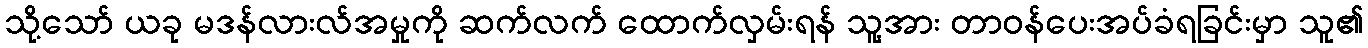
သို့သော် ယခု မဒန်လားလ်အမှုကို ဆက်လက် ထောက်လှမ်းရန် သူ့အား တာဝန်ပေးအပ်ခံရခြင်းမှာ သူ၏